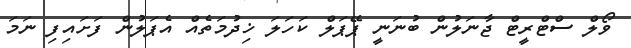
ވޯލް ސްޓްރީޓް ޖާނަލުން ބުނަނީ ޕޭޕަލް ކަހަލަ ޚިދުމަތެއް އެޕަލުން ފަށައިފި ނަމަ